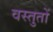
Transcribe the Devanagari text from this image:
वस्तुतों